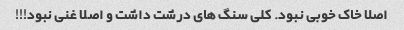
اصلا خاک خوبی نبود. کلی سنگ های درشت داشت و اصلا غنی نبود!!!